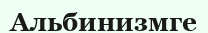
Альбинизмге